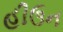
હીઉન